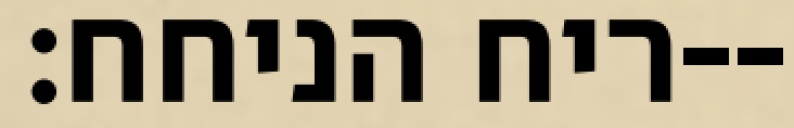
ריח הניחח׃--